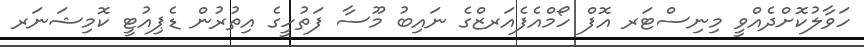
ހަވާލުކޮށްދެއްވީ މިނިސްޓަރ އޮފް ހޯމްއެފެއަރޒްގެ ނައިބު މޫސާ ފަތުހީގެ އިތުރުން ޑެޕިއުޓީ ކޮމިޝަނަރ